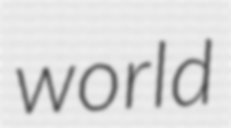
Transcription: world